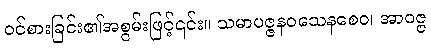
ဝင်စားခြင်း၏အစွမ်းဖြင့်၎င်း။ သမာပဇ္ဇနဝသေနစေဝ၊ အာဝဇ္ဇ